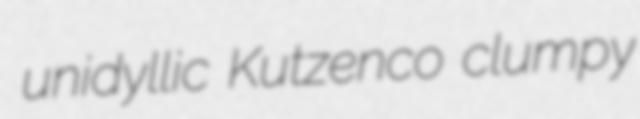
unidyllic Kutzenco clumpy